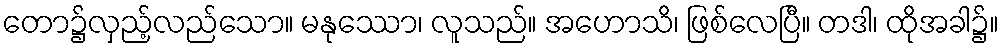
တော၌လှည့်လည်သော။ မနုဿော၊ လူသည်။ အဟောသိ၊ ဖြစ်လေပြီ။ တဒါ၊ ထိုအခါ၌။